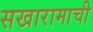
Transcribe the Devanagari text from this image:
सखारामाची